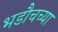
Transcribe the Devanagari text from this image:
भडौचच्या